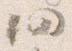
仍